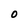
Character: 0